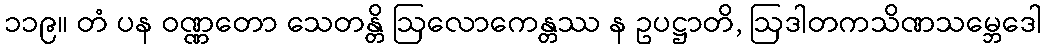
၁၁၉။ တံ ပန ဝဏ္ဏတော သေတန္တိ ဩလောကေန္တဿ န ဥပဋ္ဌာတိ, ဩဒါတကသိဏသမ္ဘေဒေါ